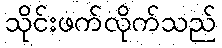
သိုင်းဖက်လိုက်သည်